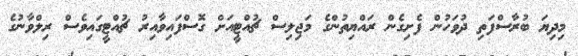
މިދިޔަ ބުރާސްފަތި ދުވަހުން ފެށިގެން ރައްޔިތުންގެ މަޖިލިސް ޗުއްޓީއަށް ގޮސްފައިވާއިރު ޗުއްޓީގައިވެސް ރިލްވާނުގެ